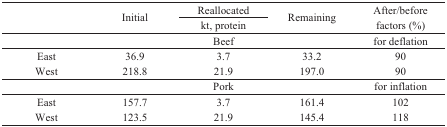
<table><thead><tr><td></td><td rowspan="2"><b>Initial</b></td><td><b>Reallocated</b></td><td rowspan="2"><b>Remaining</b></td><td><b>After/before</b></td></tr><tr><td></td><td><b>kt, protein</b></td><td><b>factors (%)</b></td></tr></thead><tbody><tr><td></td><td></td><td>Beef</td><td></td><td>for deflation</td></tr><tr><td>East</td><td>36.9</td><td>3.7</td><td>33.2</td><td>90</td></tr><tr><td>West</td><td>218.8</td><td>21.9</td><td>197.0</td><td>90</td></tr><tr><td></td><td></td><td>Pork</td><td></td><td>for inflation</td></tr><tr><td>East</td><td>157.7</td><td>3.7</td><td>161.4</td><td>102</td></tr><tr><td>West</td><td>123.5</td><td>21.9</td><td>145.4</td><td>118</td></tr></tbody></table>